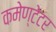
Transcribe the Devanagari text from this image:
कमेण्टेटर